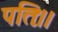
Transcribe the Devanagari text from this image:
पतिः।।